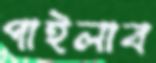
পাইলাব